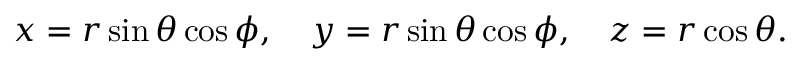
x = r \sin \theta \cos \phi , \quad y = r \sin \theta \cos \phi , \quad z = r \cos \theta .